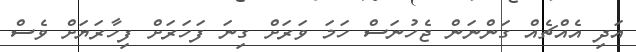
އަދި އެއްޗެއް ގަންނަން ޖެހުނަސް ހަމަ ވަރަށް ގިނަ ފަހަރަށް ފިހާރަޔަށް ވެސް